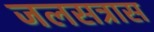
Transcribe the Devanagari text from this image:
जलसत्रास